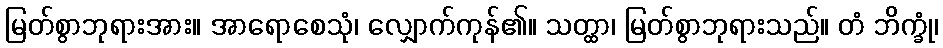
မြတ်စွာဘုရားအား။ အာရောစေသုံ၊ လျှောက်ကုန်၏။ သတ္ထာ၊ မြတ်စွာဘုရားသည်။ တံ ဘိက္ခုံ၊